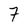
Character: 7